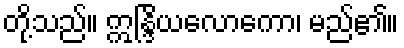
တို့သည်။ ဣန္ဒြိယလောကော၊ မည်၏။